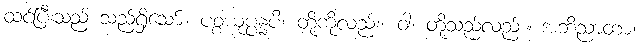
ထင်ပြီးသည် သည်ရှိသော်။ ပစ္စယုပ္ပန္နပိ၊ တို့ကိုလည်း။ ဝါ၊ တို့သည်လည်း။ အဘိညာတာ၊